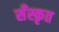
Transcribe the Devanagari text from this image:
सँस्कृत